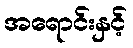
အရောင်းနှင့်